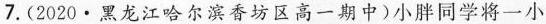
7.(2020·黑龙江哈尔滨香坊区高一期中)小胖同学将一小